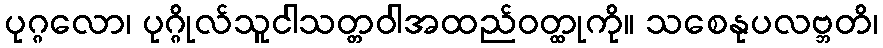
ပုဂ္ဂလော၊ ပုဂ္ဂိုလ်သူငါသတ္တဝါအထည်ဝတ္ထုကို။ သစေနုပလဗ္ဘတိ၊